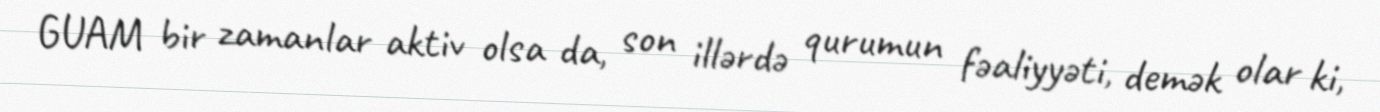
GUAM bir zamanlar aktiv olsa da, son illərdə qurumun fəaliyyəti, demək olar ki,